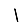
Digit: 1